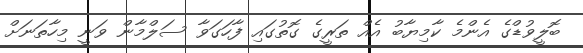
ބޮލީވުޑްގެ އެންމެ ކާމިޔާބު އެއް ތަރީގެ ގޮތުގައި ފާހަގަވާ ސަލްމާން ވަނީ މިހާތަނަށް